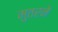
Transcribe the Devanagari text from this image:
मुतरने